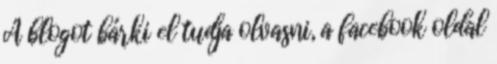
A blogot bárki el tudja olvasni, a facebook oldal